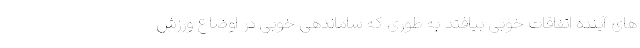
های آینده اتفاقات خوبی بیافتد به طوری که ساماندهی خوبی در اوضاع ورزش